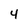
Character: 4